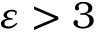
\varepsilon > 3